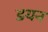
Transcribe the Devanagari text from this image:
डयन